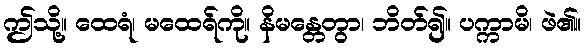
ဤသို့။ ထေရံ၊ မထေရ်ကို။ နိမန္တေတွာ၊ ဘိတ်၍။ ပက္ကာမိ၊ ဖဲ၏။